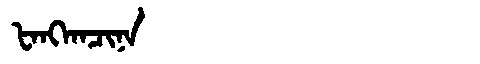
Manchu: ᡶᠠᠩᡴᠠᠴᡳᠨᠠ
Romanization: FANGKACINA